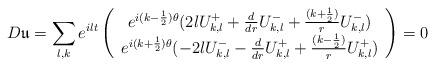
LaTeX: \begin{align*}D\mathfrak{u}=\sum_{l,k}e^{ilt}\left( \begin{array}{c}e^{i(k-\frac{1}{2})\theta}(2lU^+_{k,l} +\frac{d}{dr}U^-_{k,l} +\frac{(k+\frac{1}{2})}{r}U^-_{k,l})\\e^{i(k+\frac{1}{2})\theta}(-2lU^-_{k,l} -\frac{d}{dr}U^{+}_{k,l}+\frac{(k-\frac{1}{2})}{r}U^{+}_{k,l})\end{array} \right)=0\end{align*}